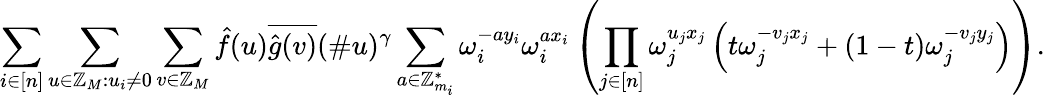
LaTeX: \sum_{i\in[n]}\sum_{u\in\mathbb{Z}_{M}:u_{i}\neq 0}\sum_{v\in\mathbb{Z}_{M}}\hat{f}(u)\overline{{\hat{g}(v)}}(\# u)^{\gamma}\sum_{a\in\mathbb{Z}_{m_{i}}^{*}}\omega_{i}^{-ay_{i}}\omega_{i}^{ax_{i}}\left(\prod_{j\in[n]}\omega_{j}^{u_{j}x_{j}}\left(t\omega_{j}^{-v_{j}x_{j}}+(1-t)\omega_{j}^{-v_{j}y_{j}}\right)\right).